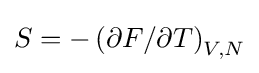
S=-\left(\partial F/\partial T\right)_{V,N}